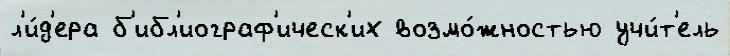
л'и́д'ера б'ибл'иограф'ическ'их возмо́жностью учи́т'ель